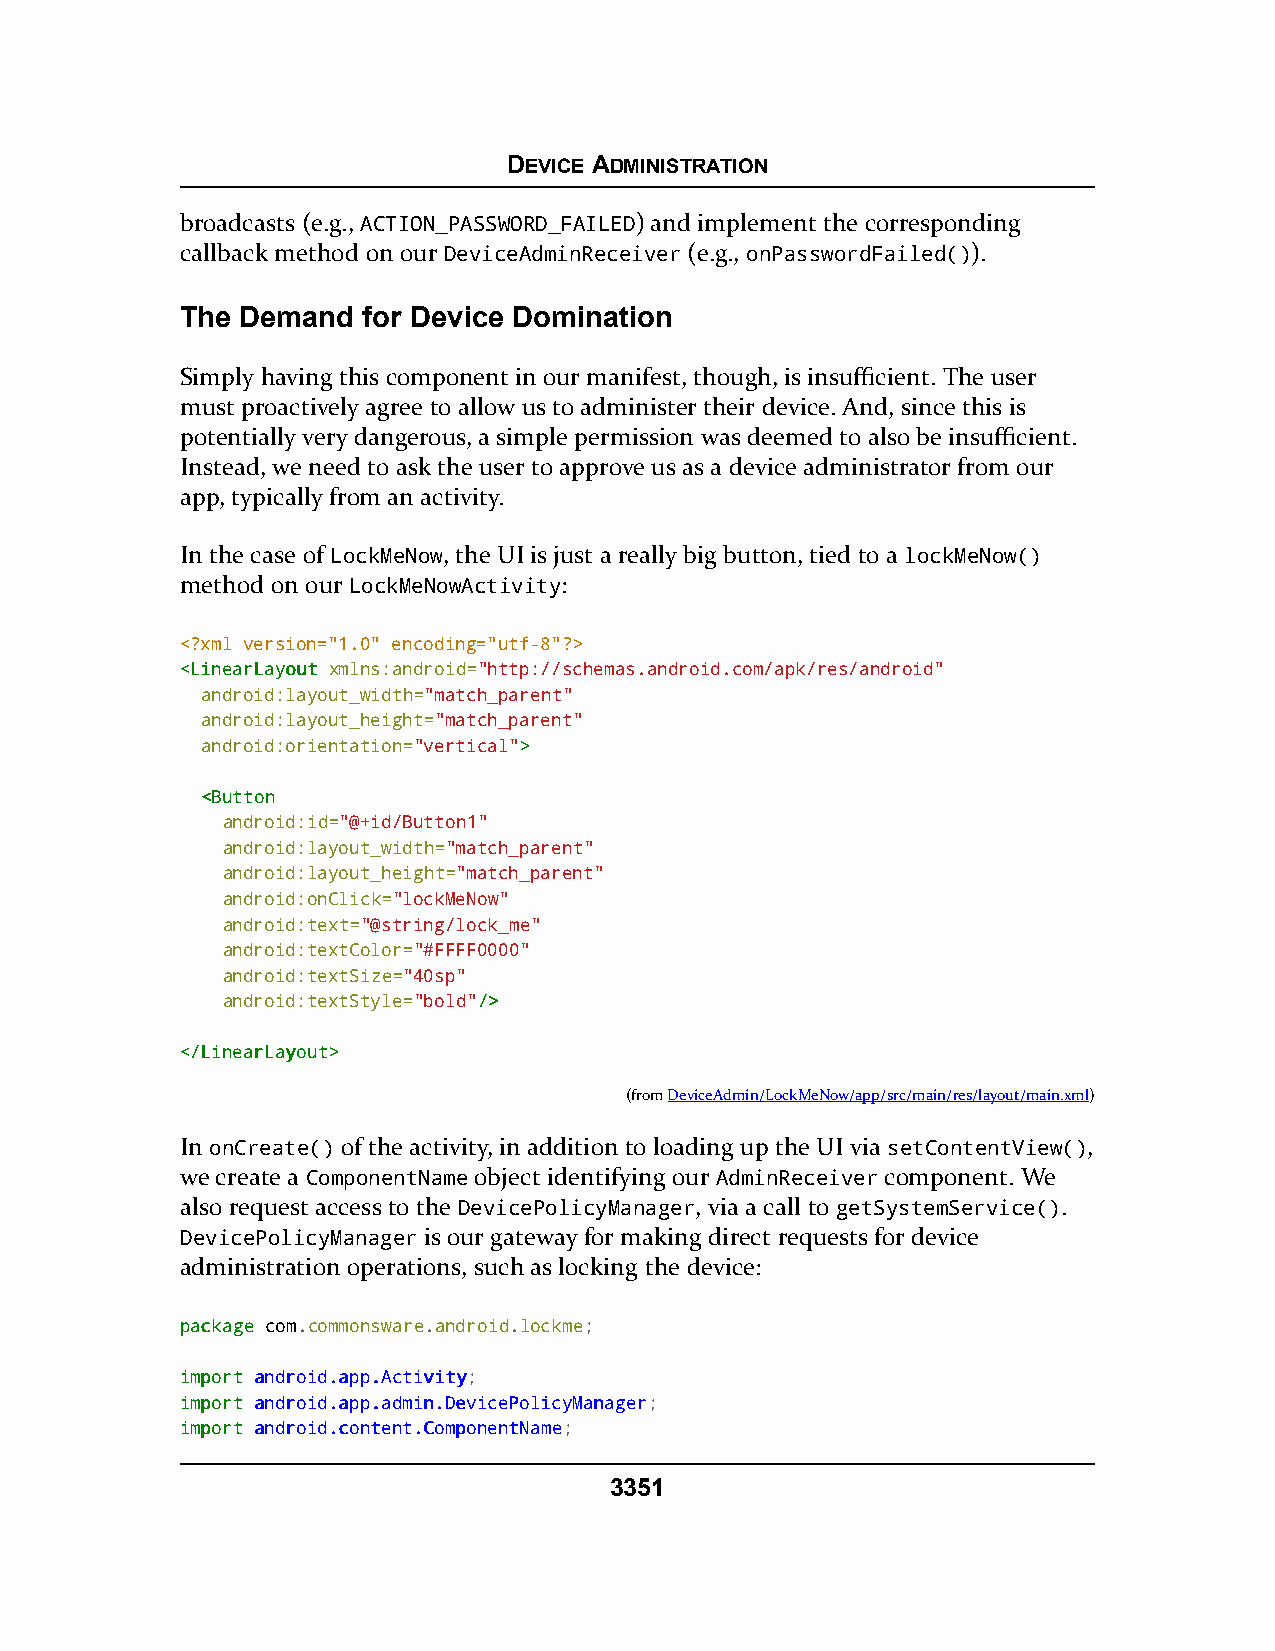
DEVICE ADMINISTRATION
 broadcasts (e.g., ACTION_PASSWORD_FAILED) and implement the corresponding
 callback method on our DeviceAdminReceiver (e.g., onPasswordFailed()).
 The Demand  for Device Domination
 Simply having this component in our manifest, though, is insufficient. The user
 must proactively agree to allow us to administer their device. And, since this is
 potentially very dangerous, a simple permission was deemed to also be insufficient.
 Instead, we need to ask the user to approve us as a device administrator from our
 app, typically from an activity.
 In the case of LockMeNow, the UI is just a really big button, tied to a lockMeNow()
 method on our LockMeNowActivity:
 <?xml version="1.0" encoding="utf-8"?>
 <<LLiinneeaarrLLaayyoouutt xmlns:android="http://schemas.android.com/apk/res/android"
 android:layout_width="match_parent"
 android:layout_height="match_parent"
 android:orientation="vertical">>
 <<BBuuttttoonn
 android:id="@+id/Button1"
 android:layout_width="match_parent"
 android:layout_height="match_parent"
 android:onClick="lockMeNow"
 android:text="@string/lock_me"
 android:textColor="#FFFF0000"
 android:textSize="40sp"
 android:textStyle="bold"//>>
 <<//LLiinneeaarrLLaayyoouutt>>
 (fromDeviceAdmin/LockMeNow/app/src/main/res/layout/main.xml)
 In onCreate() of the activity, in addition to loading up the UI via setContentView(),
 we create a ComponentName object identifying our AdminReceiver component. We
 also request access to the DevicePolicyManager, via a call to getSystemService().
 DevicePolicyManager is our gateway for making direct requests for device
 administration operations, such as locking the device:
 ppaacckkaaggee com.commonsware.android.lockme;
 iimmppoorrtt aannddrrooiidd..aapppp..AAccttiivviittyy;
 iimmppoorrtt aannddrrooiidd..aapppp..aaddmmiinn..DDeevviicceePPoolliiccyyMMaannaaggeerr;
 iimmppoorrtt aannddrrooiidd..ccoonntteenntt..CCoommppoonneennttNNaammee;
 3351